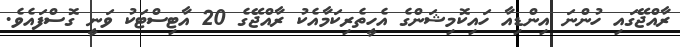
ރާއްޖޭގައި ހުންނަ އިންޑިއާ ހައިިކޮމިޝަންގެ އެހީތެރިކަމާއެކު ރާއްޖޭގެ 20 އާޓިސްޓަކު ވަނީ ގޮސްފައެވެ.